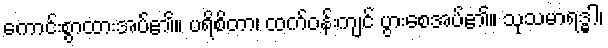
ကောင်းစွာထားအပ်၏။ ပရိစိတာ၊ ထက်ဝန်းကျင် ပွားစေအပ်၏။ သုသမာရဒ္ဓါ၊